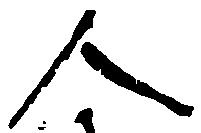
人